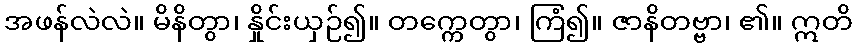
အဖန်လဲလဲ။ မိနိတွာ၊ နှိုင်းယှဉ်၍။ တက္ကေတွာ၊ ကြံ၍။ ဇာနိတဗ္ဗာ၊ ၏။ ဣတိ